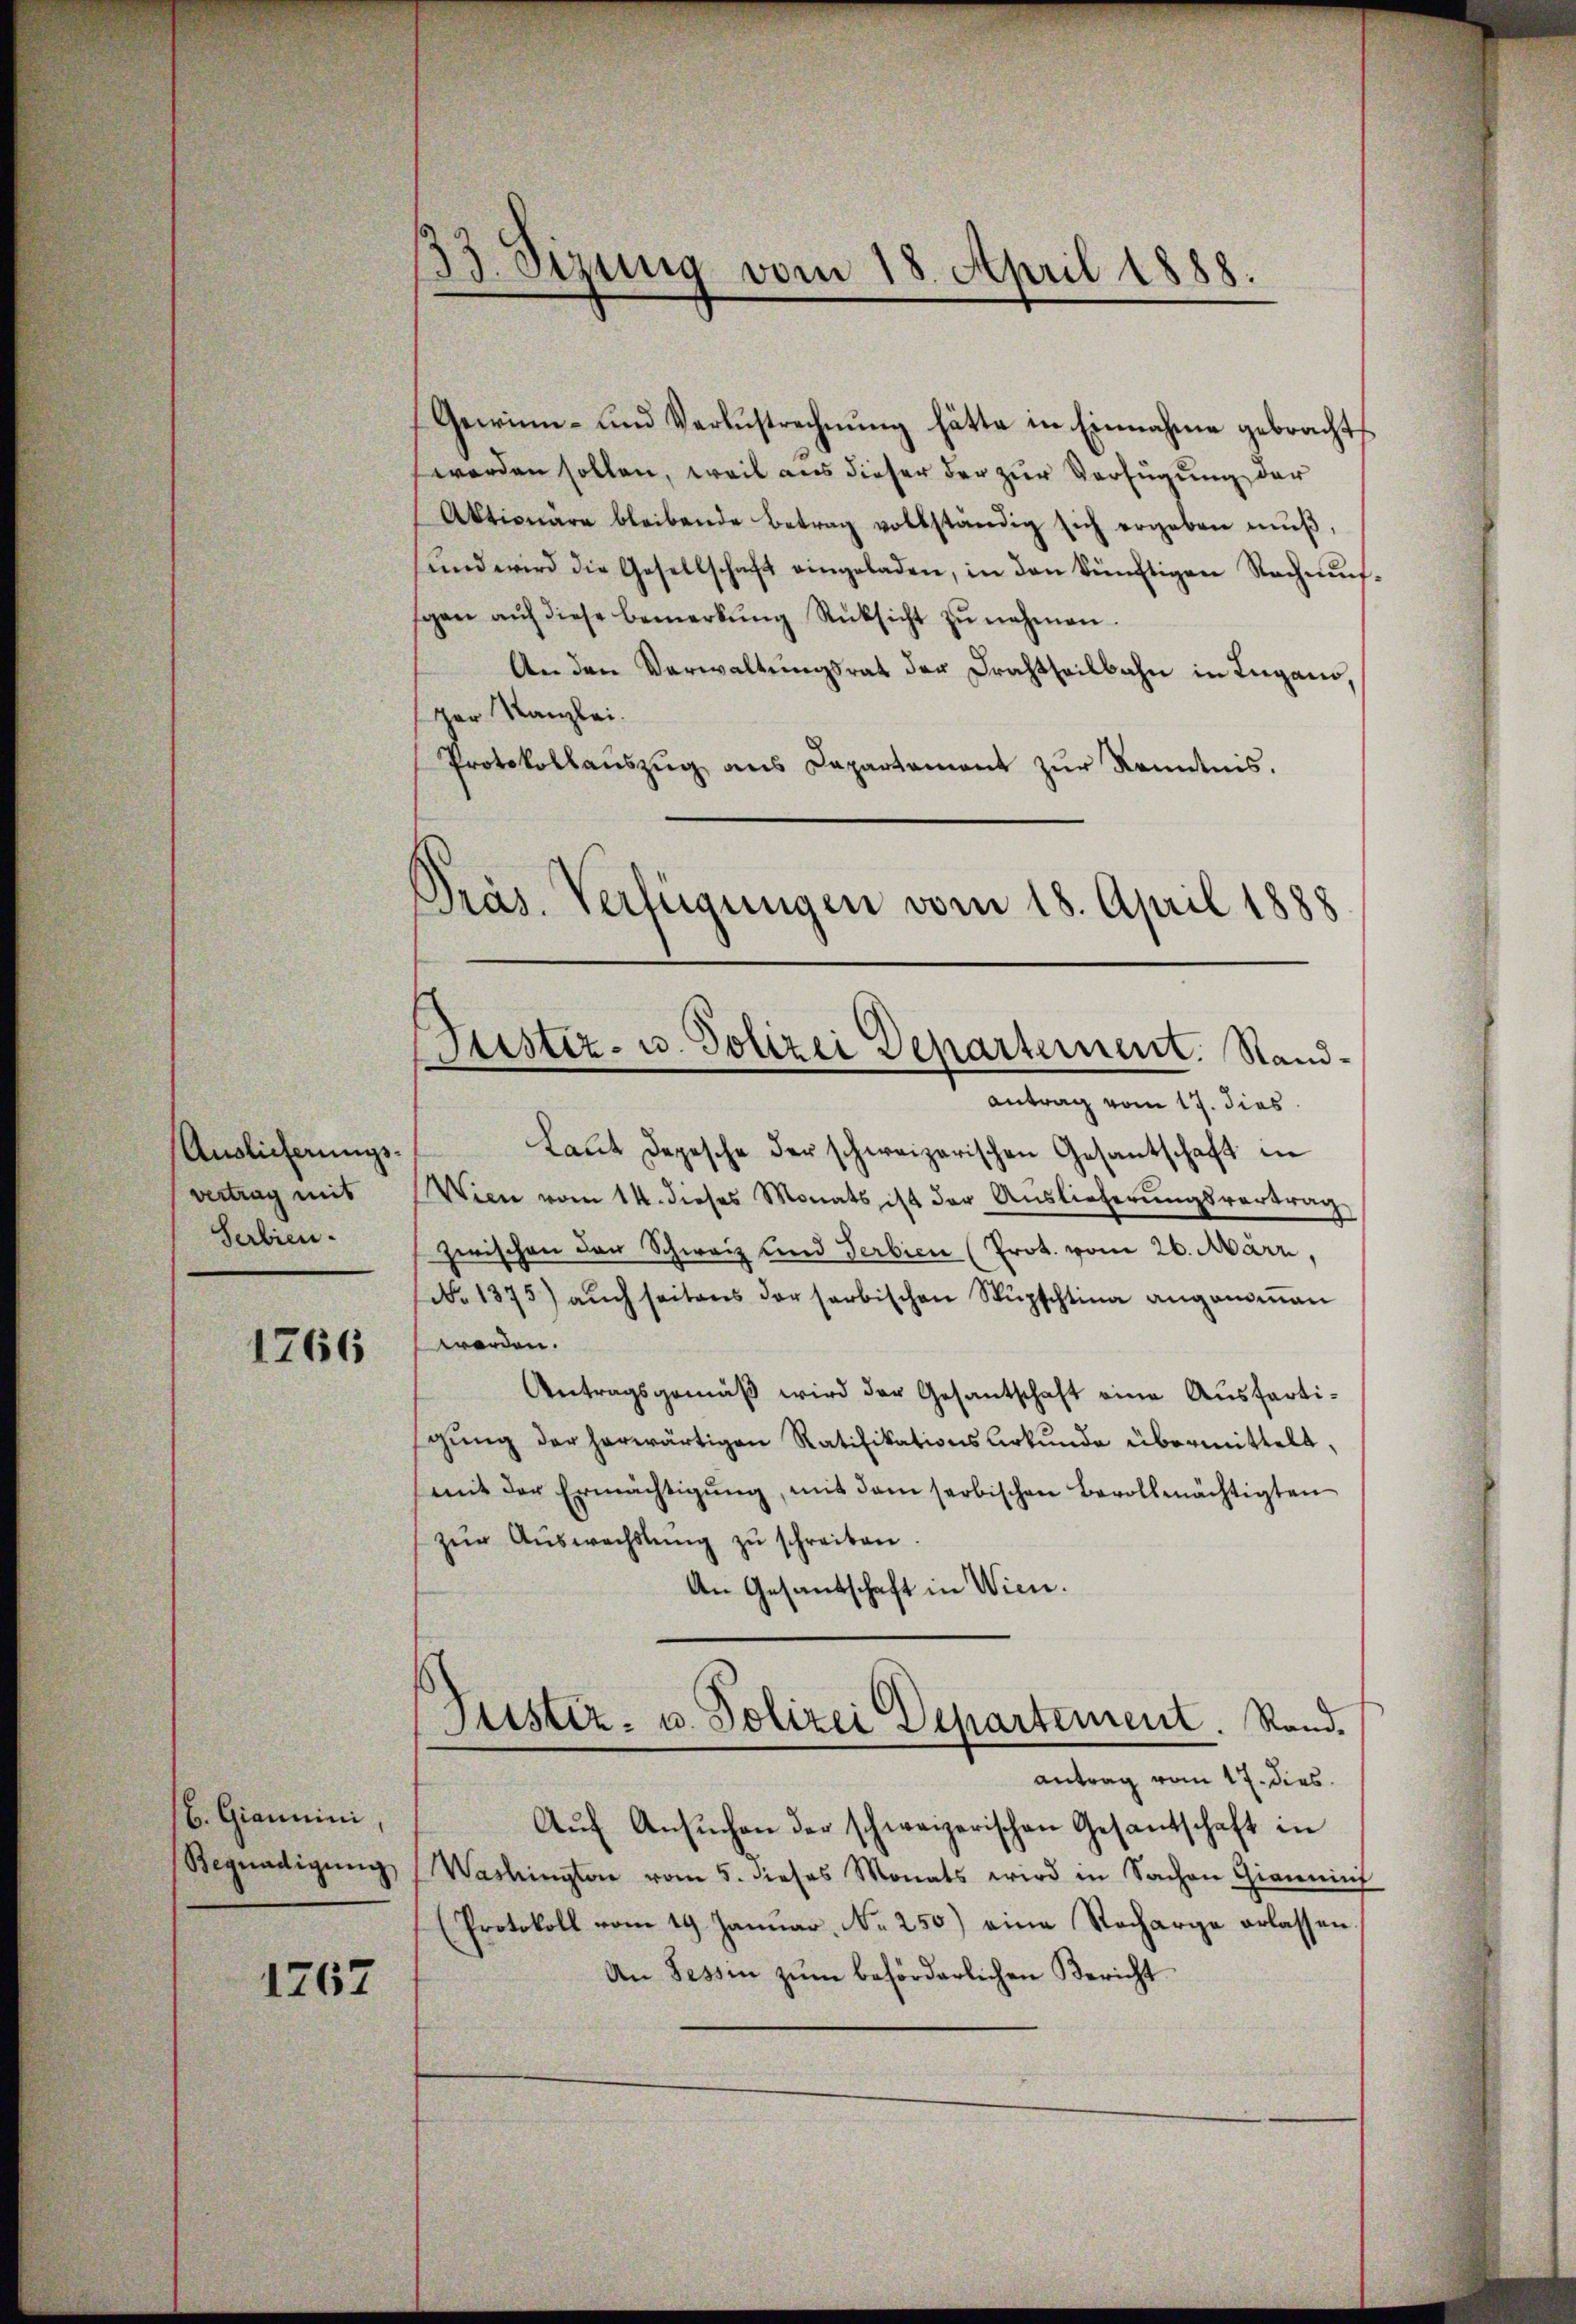
Auslieferungsvertrag mit
Serbien

1766

b. Giannini
Begnadigung

1767

33. Sizung vom 18. April 1888.

Gewinn- und Verlustrechnung hätte in Einnahme gebrachts
worden sollen, weil aus dieser der zur Verfügung der
Aktionäre bleibende Betrag vollständig sich ergeben mŭβ,
ŭnd wird die Gesellschaft eingeladen, in den künftigen Nachmŭs-
gen aŭf diese Bemerkŭng Rüksicht zŭ nehmen.
An den Verwaltungsrat der Frachtheilbahn in Lugano,
er Kanzlei.
Protokollaŭszŭg aŭs Capartament zŭr Kenntnis.
Präs. Verfügungen vom 18. April 1888

Justiz- u. Polizei Departement. Stand¬

Antrag vom 17. dies
Laut Depesche der schweizerischen Gesantschaft in
Wien vom 14. dieses Monats ist der Auslieferŭngsvertrag
zwischen der Schweiz und Serbien (Prot. vom 26. März,
No 1375) aŭch seitens der farbischen Sŭpfchtina angenoṁen
worden.
Antragsgemäβ wird der Gesantschaft eine Ausfertigŭng der herwärtigen Ratifikations Urkunde übermittelt,
mit der Ermächtigŭng, mit dem serbischen Bevollmächtigten
zŭr Aŭswechslung zŭ schreiben.
An Gesandtschaft in Wien.
Justiz- u. Polizei Departement. Rand.
antrag vom 17. dies
Aŭf Ansŭchen der schweizerischen Gesantschaft in
Washingter vom 5. dieses Monats wird in Sachen Gianneh
(Protokoll vom 19. Januar, No 250) eine Recharge erlassen.
An Tessin zŭm behörderlichen Bericht